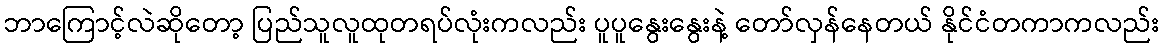
ဘာကြောင့်လဲဆိုတော့ ပြည်သူလူထုတရပ်လုံးကလည်း ပူပူနွေးနွေးနဲ့ တော်လှန်နေတယ် နိုင်ငံတကာကလည်း